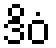
ဒိဝံ